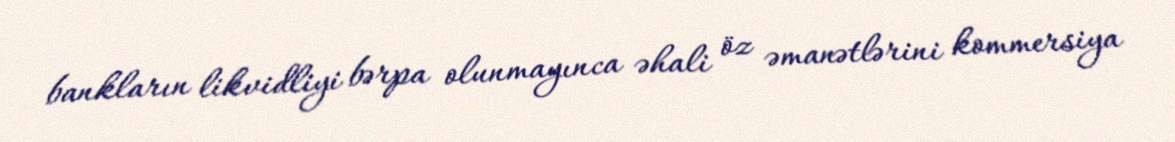
bankların likvidliyi bərpa olunmayınca əhali öz əmanətlərini kommersiya